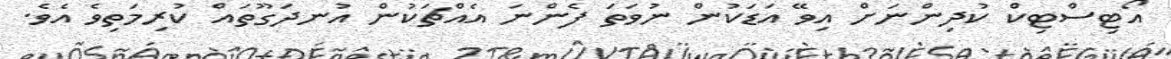
އޯޓިސްޓިކް ކުދިންނަށް އިވޭ އަޑަކުން ނުވަތަ ފެންނަ އެއްޗަކުން އުނދަގޫތައް ކުރިމަތިވެ އެވެ.